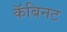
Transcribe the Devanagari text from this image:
कॅबिनट